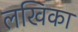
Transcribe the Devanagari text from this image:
लखिका